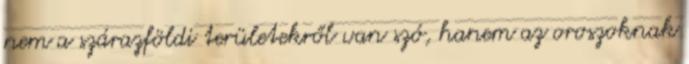
nem a szárazföldi területekről van szó, hanem az oroszoknak